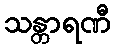
သန္တာရဏီ